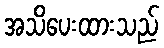
အသိပေးထားသည်